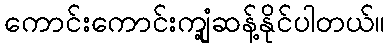
ကောင်းကောင်းကျုံ့ဆန့်နိုင်ပါတယ်။